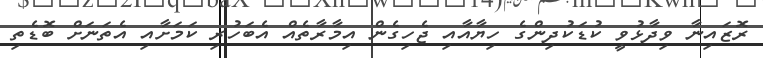
ރޮޒައިނާ ވިދާޅުވީ ކުޑަކުދިންގެ ހިޔާއާއި ޖެހިގެން އިމާރާތެއް އެބަހުރި ކަމަށާއި އެތަނަށް ބޮޑެތި